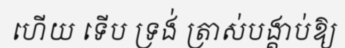
ហើយ ទើប ទ្រង់ ត្រាស់បង្គាប់ឱ្យ